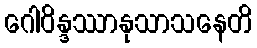
ဂေါဝိန္ဒဿာနုသာသနေတိ